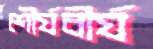
শৌর্যবীর্য